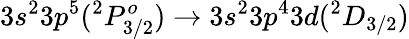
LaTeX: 3s^{2}3p^{5}(^{2}P_{3/2}^{o})\rightarrow 3s^{2}3p^{4}3d(^{2}D_{3/2})